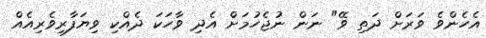
އެހެންވެ ވަރަށް ދަތި ވޭ" ނަން ނުޖެހުމަށް އެދި ވާހަކަ ދެއްކި ވިޔަފާރިވެރިއެއް